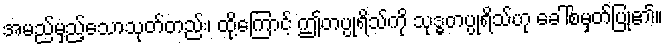
အမည်မှည့်သောသုတ်တည်း၊ ထို့ကြောင့် ဤတပ္ပုရိသ်ကို သုဒ္ဓတပ္ပုရိသ်ဟု ခေါ်စမှတ်ပြု၏။